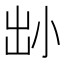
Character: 𡭧